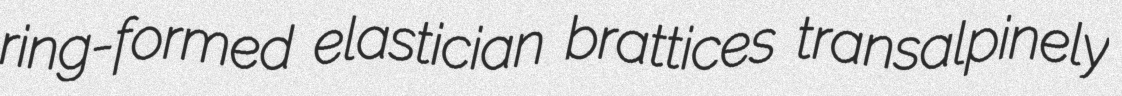
ring-formed elastician brattices transalpinely